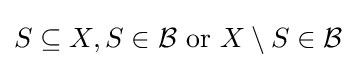
S\subseteq X,S\in {\mathcal {B}}{\text{ or }}X\setminus S\in {\mathcal {B}}